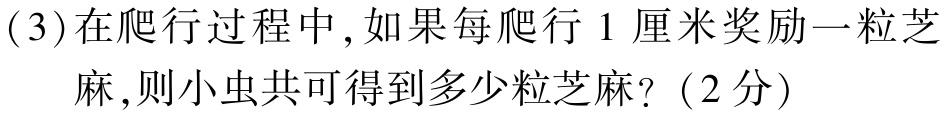
(3)在爬行过程中,如果每爬行1厘米奖励一粒芝

麻,则小虫共可得到多少粒芝麻?（2分）